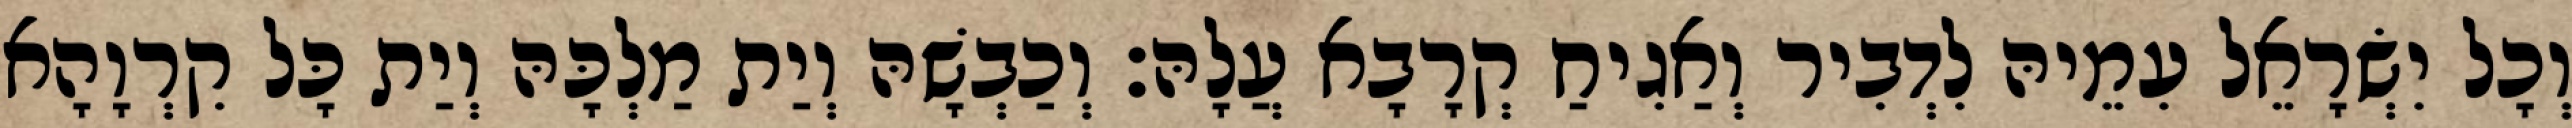
וְכָל יִשְׂרָאֵל עִמֵיהּ לִדְבִיר וְאַגִיחַ קְרָבָא עֲלָהּ׃ וְכַבְשָׁהּ וְיַת מַלְכָּהּ וְיַת כָּל קִרְוָהָא